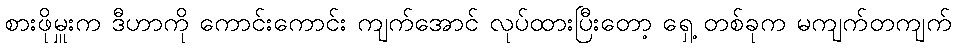
စားဖိုမှူးက ဒီဟာကို ကောင်းကောင်း ကျက်အောင် လုပ်ထားပြီးတော့ ရှေ့ တစ်ခုက မကျက်တကျက်